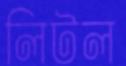
লিটল